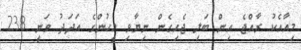
މިއާއެކު ރާއްޖެ އިން ބަލި ޖެހިގެން ނިޔާވި މީހުންގެ އަދަދު ވަނީ 238